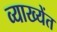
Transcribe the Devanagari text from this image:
व्याख्येंत